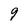
Character: 9